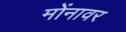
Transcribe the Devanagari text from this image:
मोंनावर